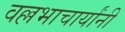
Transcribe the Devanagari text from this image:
वल्लभाचार्यांनी